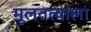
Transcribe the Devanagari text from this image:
मूलतत्वाला